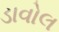
ડાવોલ